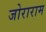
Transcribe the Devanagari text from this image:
जोराराम